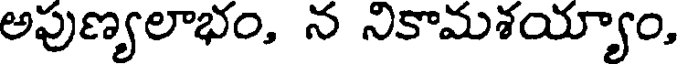
అపుణ్యలాభం, న నికామశయ్యాం,